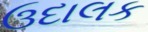
ઉદાલક